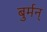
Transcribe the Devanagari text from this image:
बुर्मन्